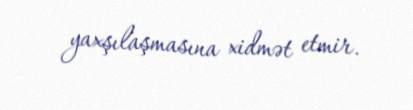
yaxşılaşmasına xidmət etmir.